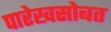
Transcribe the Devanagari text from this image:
पारेखसोबत